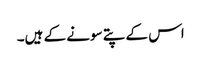
اس کے پتے سونے کے ہیں۔